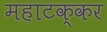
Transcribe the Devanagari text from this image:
महाटक्कर